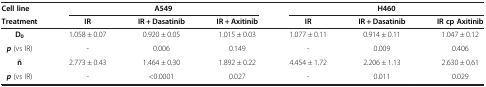
| Cell line | <COLSPAN=3> A549 | <COLSPAN=3> H460 |
 | Treatment | IR | IR + Dasatinib | IR + Axitinib | IR | IR + Dasatinib | IR cp Axitinib |
 | --- | --- | --- | --- | --- | --- | --- |
 | D0 | 1.058 ± 0.07 | 0.920 ± 0.05 | 1.015 ± 0.03 | 1.077 ± 0.11 | 0.914 ± 0.11 | 1.047 ± 0.12 |
 | p (vs IR) | - | 0.006 | 0.149 | - | 0.009 | 0.406 |
 | ñ | 2.773 ± 0.43 | 1.464 ± 0.30 | 1.892 ± 0.22 | 4.454 ± 1.72 | 2.206 ± 1.13 | 2.630 ± 0.61 |
 | p (vs IR) | - | <0.0001 | 0.027 | - | 0.011 | 0.029 |